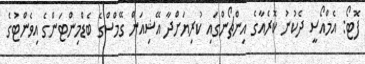
ފޮޓޯ: އެމްއޯސީ ދެކުނު ކޮރެއާގެ އިންޗޯންގައި ކުރިޔަށްދާ އޭޝިއަން ގޭމްސްގެ ބެޑްމިންޓަންގެ އިވެންޓުގެ